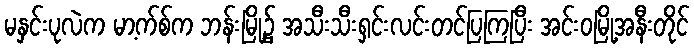
မနှင်းပုလဲက မာ့က်စ်က ဘန်းမြို့၌ အသီးသီးရှင်းလင်းတင်ပြကြပြီး အင်းဝမြို့အနီးတိုင်